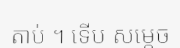
តាប់ ។ ទើប សម្តេច